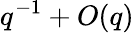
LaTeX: q^{-1}+{O}(q)